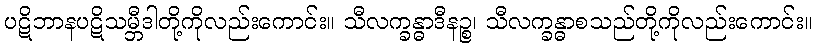
ပဋိဘာနပဋိသမ္ဘီဒါတို့ကိုလည်းကောင်း။ သီလက္ခန္ဓာဒီနဉ္စ၊ သီလက္ခန္ဓာစသည်တို့ကိုလည်းကောင်း။